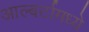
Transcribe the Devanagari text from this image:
आल्बर्टामध्ये